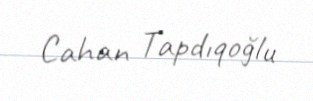
Cahan Tapdıqoğlu